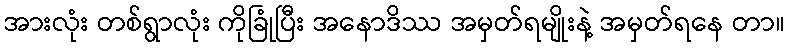
အားလုံး တစ်ရွာလုံး ကိုခြုံပြီး အနောဒိဿ အမှတ်ရမျိုးနဲ့ အမှတ်ရနေ တာ။